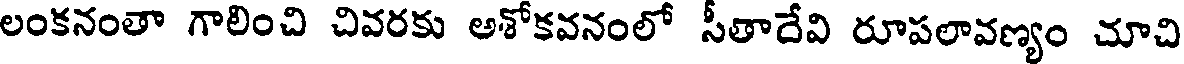
లంకనంతా గాలించి చివరకు అశోకవనంలో సీతాదేవి రూపలావణ్యం చూచి